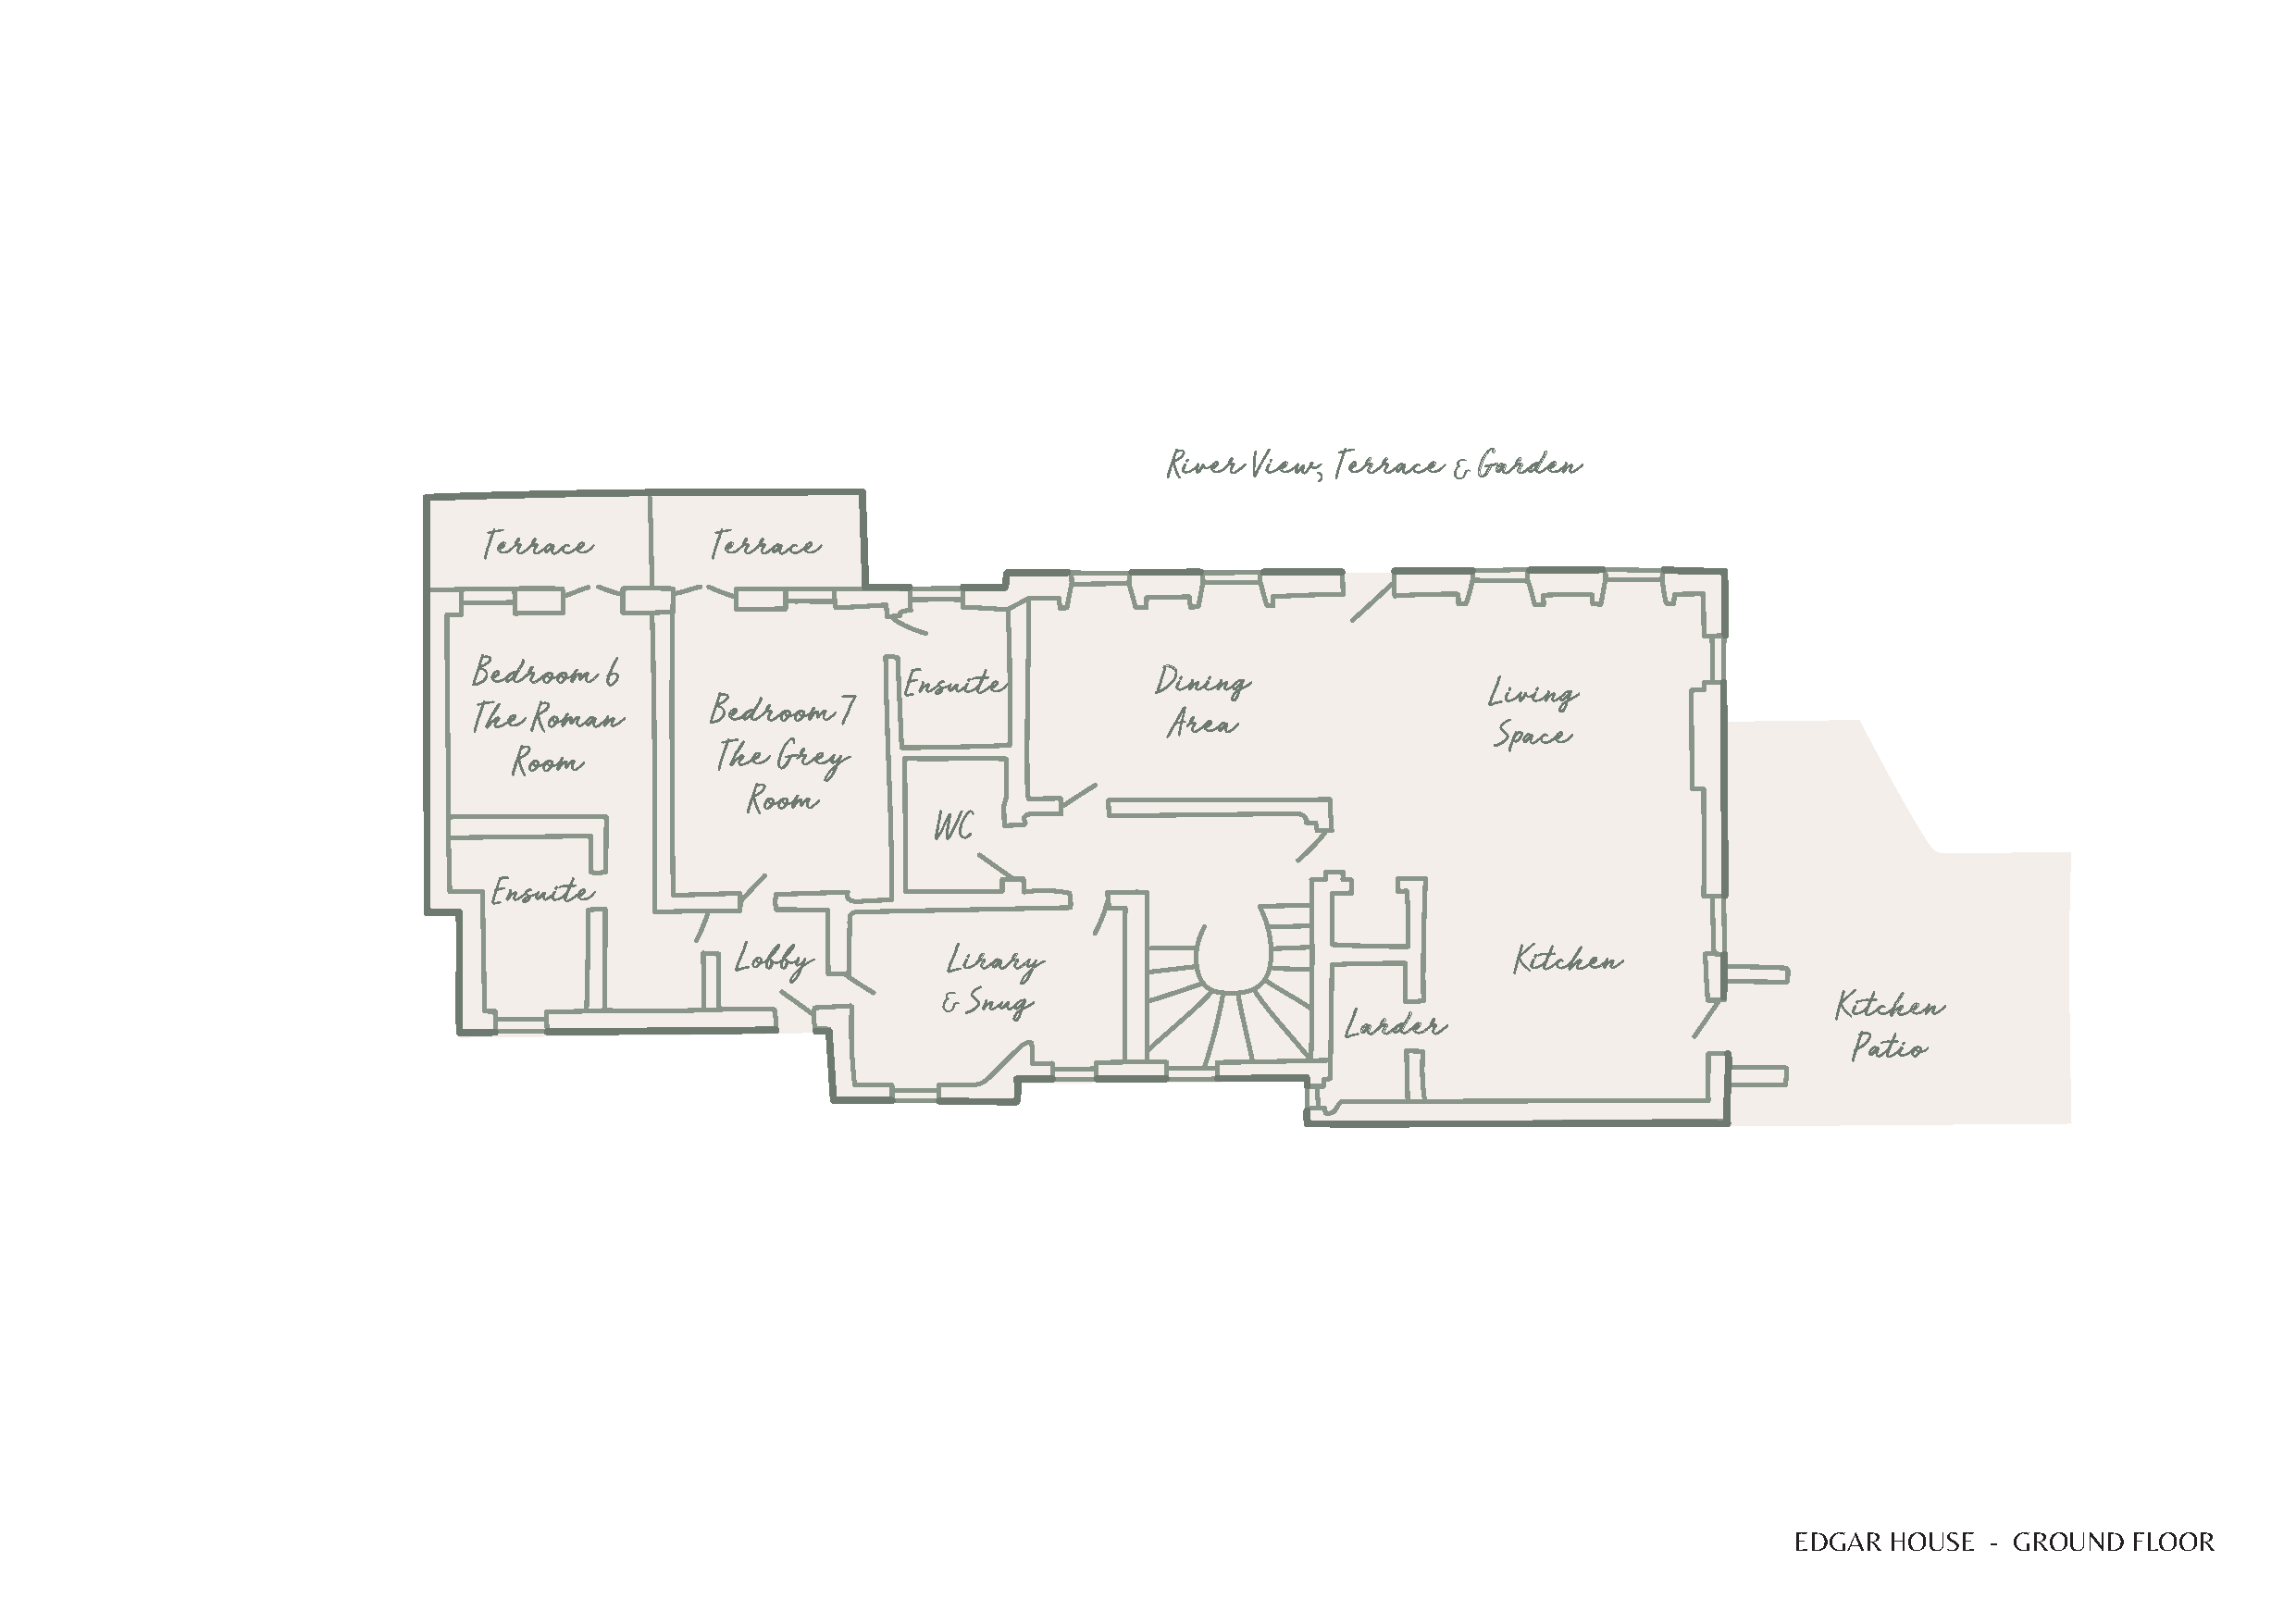
River View Terrace    Garden
 Terrace         Terrace
 Bedroom  6
 Ensuite           Dining
 Living
 Bedroom  7
 The Roman
 Area
 Space
 The  Grey
 Room
 Room
 WC
 Ensuite
 Lobby          Lirary                                  Kitchen
 Snug                                                          Kitchen
 Larder
 Patio
 EDGAR  HOUSE  - GROUND  FLOOR